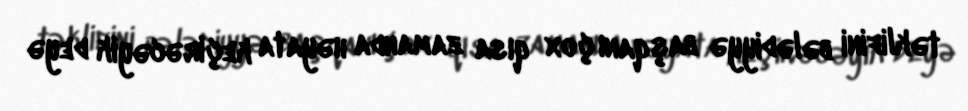
təklifini bələdiyyə başqanı çox qısa zamanda həyata keçirəcəyik deyə